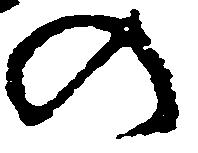
の